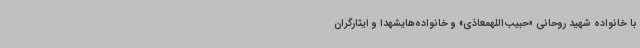
با خانواده شهید روحانی «حبیب‌اللهمعاذی» و خانواده‌هایشهدا و ایثارگران